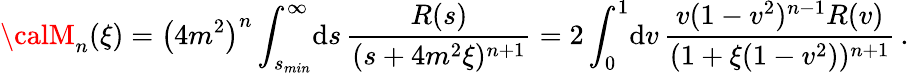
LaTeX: {\calM}_{n}(\xi)=\left(4m^{2}\right)^{n}\int_{s_{min}}^{\infty}\! \mathrm{d}s\, \frac{{R(s)}}{{(s+4m^{2}\xi)^{n+1}}}=2\int_{0}^{1}\! \mathrm{d}v\, \frac{{v(1-v^{2})^{n-1}R(v)}}{{(1+\xi(1-v^{2}))^{n+1}}}\, .